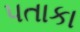
પતાકા